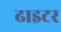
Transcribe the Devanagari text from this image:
ढाइटर